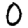
Digit: 0